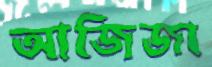
আজিজা